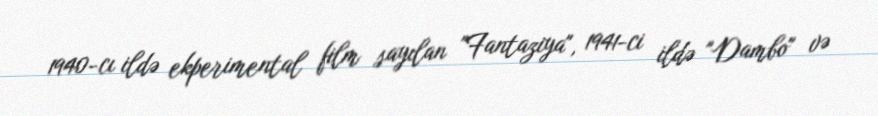
1940-cı ildə ekperimental film sayılan "Fantaziya", 1941-ci ildə "Dambo" və